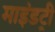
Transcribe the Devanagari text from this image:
माइंडट्री